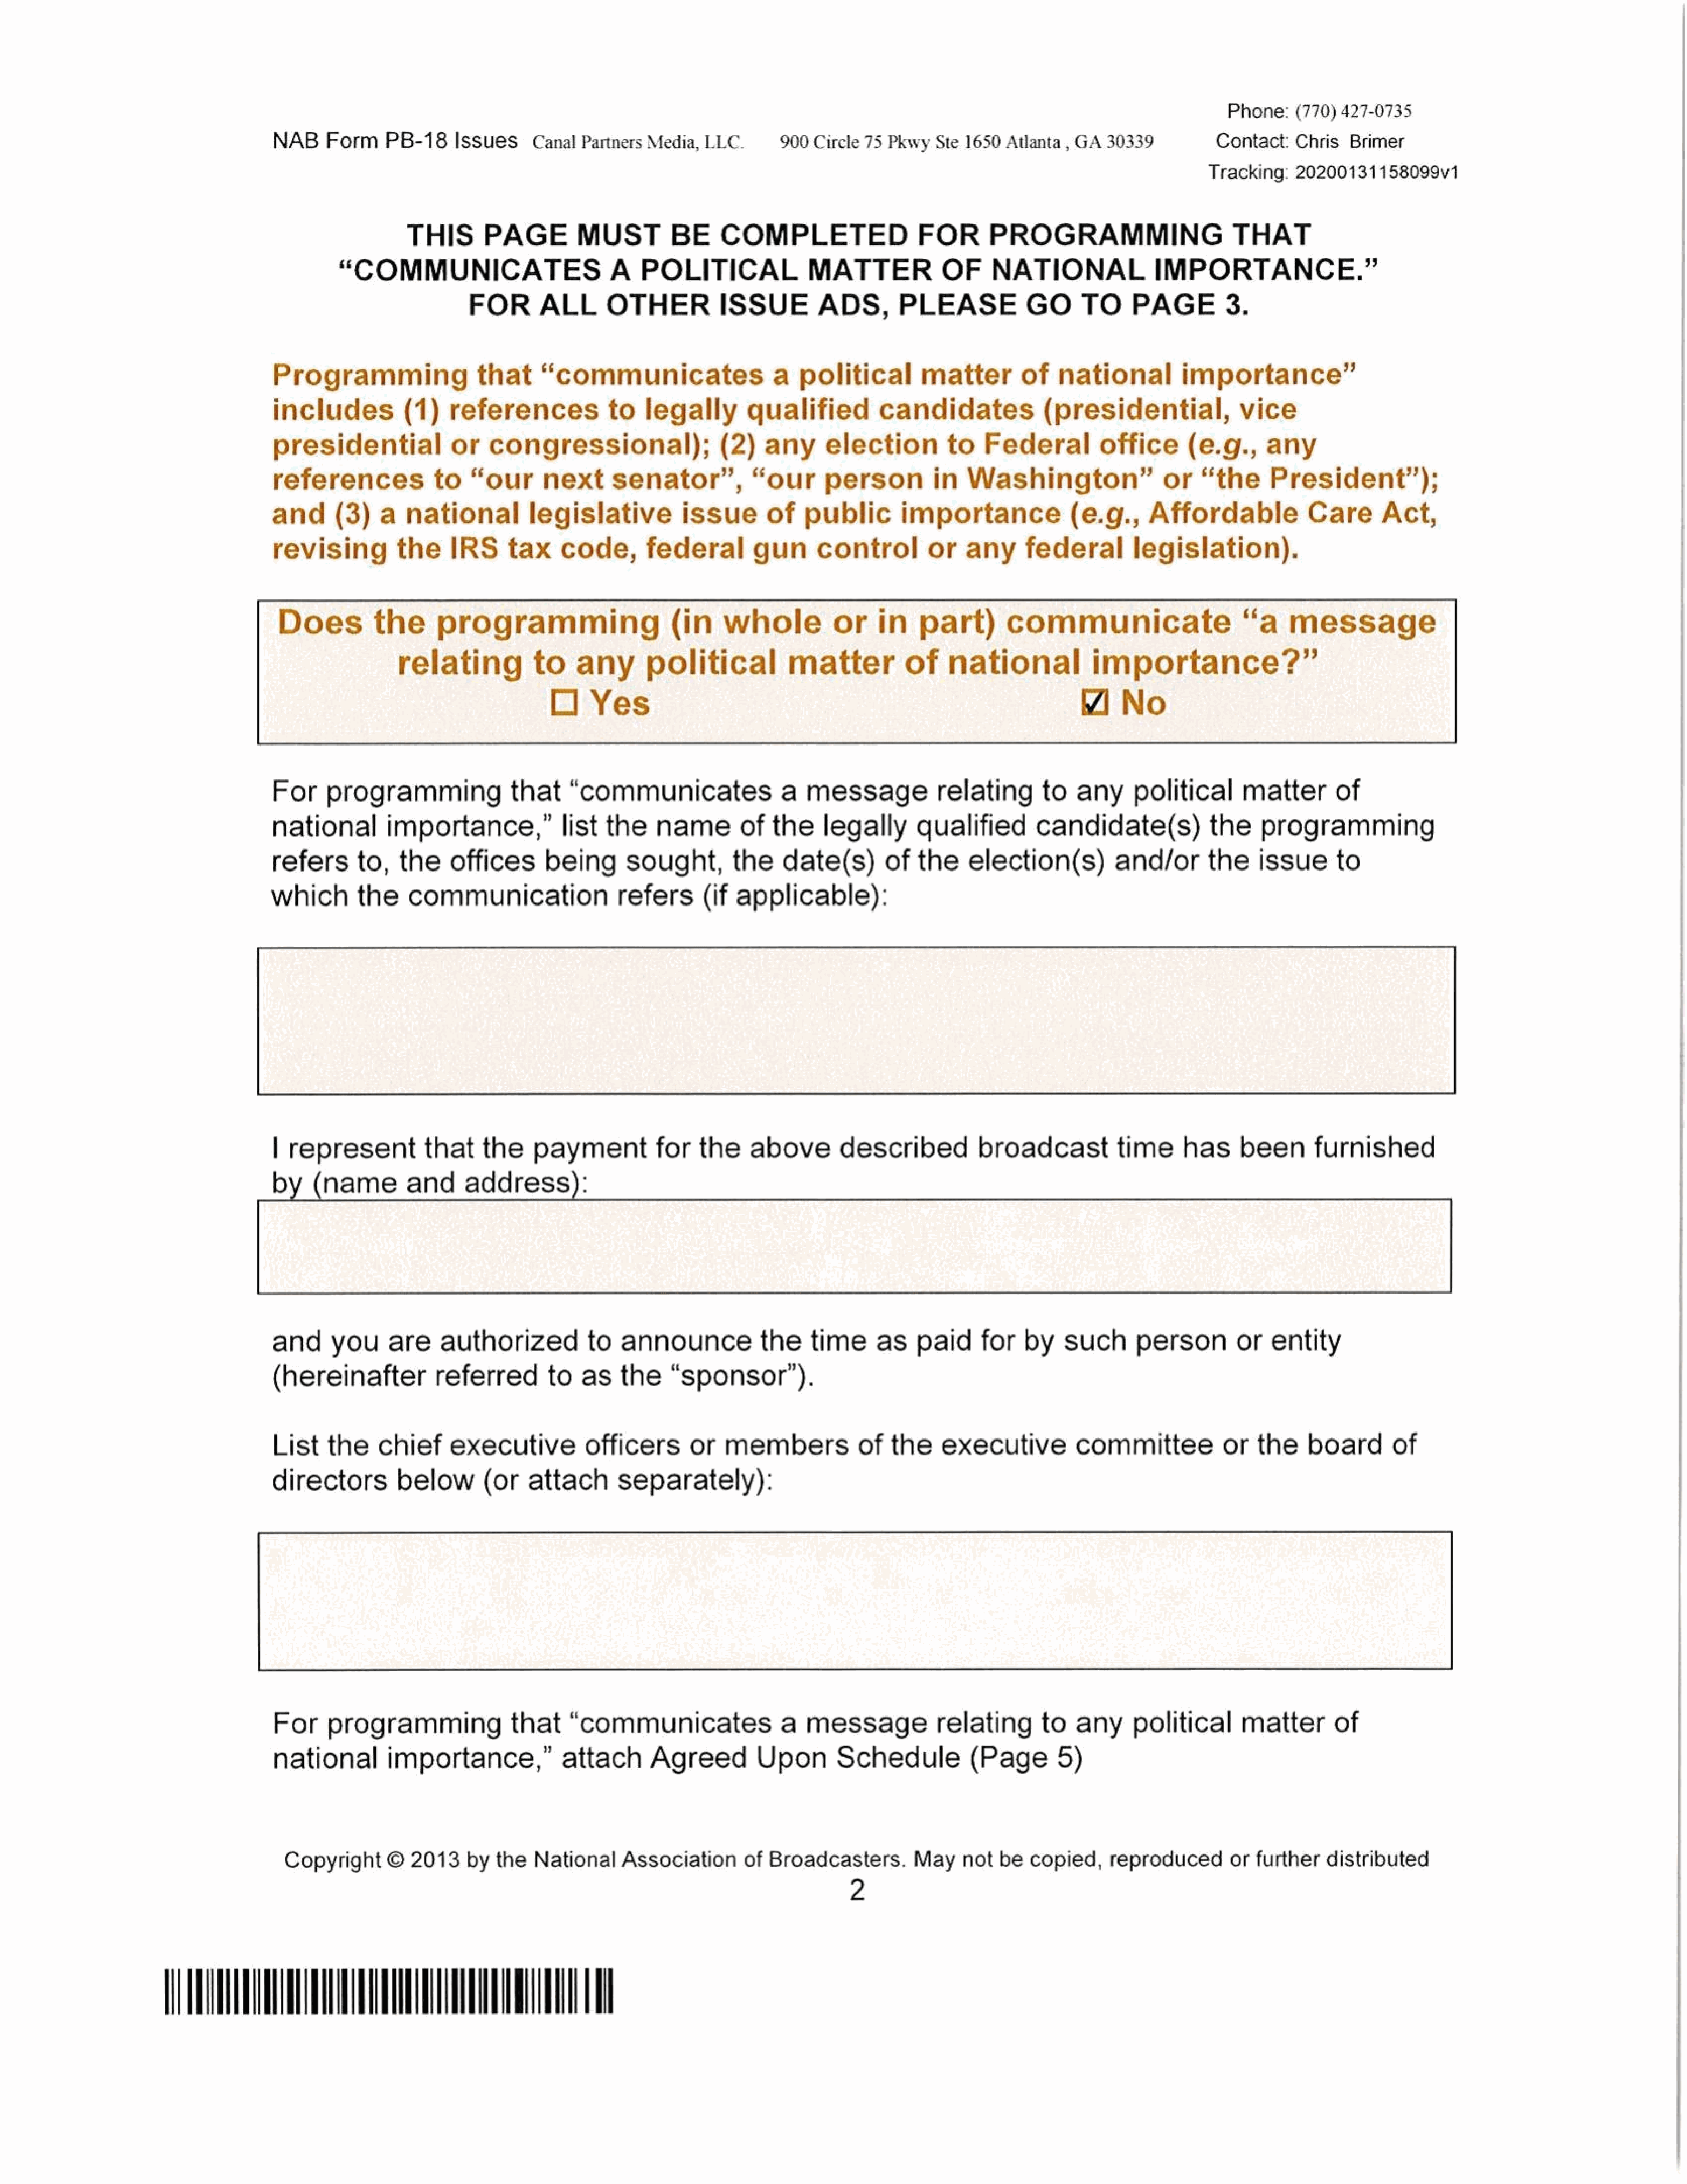
Phone:(770)     427-0735
 NAB     Form    PB-18     Issues     CanalPartners    Media,  LLC.       900 Circle  75 PkwySte    1650  Atlanta , GA  30339           Contact:   Chris   Brimer
 Tracking:   20200131158099v1
 THIS       PAGE          MUST         BE     COMPLETED                   FOR       PROGRAMMING                    THAT
 “COMMUNICATESA                             POLITICAL               MATTER             OF     NATIONAL               IMPORTANCE.”
 FOR       ALL       OTHER           ISSUE         ADS,        PLEASE            GO     TO      PAGE     3.
 Programming                  that     “communicatesa                       political         matter        of   national          importance”
 includes           (1)   references          to      legally        qualified          candidates             (presidential,              vice
 presidential              or   congressional);                  (2)   any      election         to    Federal       office         (e.g.,     any
 references             to   “our       next      senator”,           “our      person          in  Washington”or                     “the      President”);
 and      (3)   a   national          legislative           issue       of   public        importance(e.g.,                   Affordable             Care      Act,
 revising          the     IRS     tax    code,       federal         gun      control         or   any      federal        legislation).
 Does         the       programming                  (in        whole           or     in    part)       communicate                       “a    message
 relating           to    any        political           matter          of     national            importance?”
 O    Yes                                                                   Zi    No
 For     programming               that     “communicates                 a  message        relating           to   any     political       matter       of
 national        importance,”           list     the    nameof           the    legally      qualified        candidate(s)             the    programming
 refers      to,   the    offices       being       sought,        the    date(s)        of  the    election(s)          and/or        the    issue      to
 which       the    communicationrefers(if                         applicable):
 | represent           that    the    paymentfor              the    above        described           broadcast           time     has     been       furnished
 by     (name       and      address):
 and     you      are    authorized           to   announcethe                time     as    paid     for    by   such       personor        entity
 (hereinafter           referred        to   as    the    “sponsor”).
 List    the    chief     executive           officers       or   members            of  the     executive          committee            or   the    board       of
 directors         below       (or    attach      separately):
 For     programming               that     “communicates                 a  message        relating           to   any  political          matter       of
 national        importance,”             attach       Agreed         Upon        Schedule           (Page       5)
 Copyright     ©   2013    by  the  National     Association      of  Broadcasters.        May    not  be  copied,     reproducedor       further     distributed
 UTUVAAAAAAA                     OTT